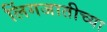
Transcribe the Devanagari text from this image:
लिंगजातीच्या